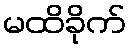
မထိခိုက်